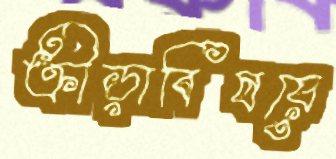
ক্রীড়াবিষয়ে